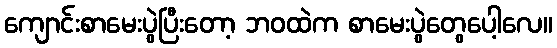
ကျောင်းစာမေးပွဲပြီးတော့ ဘဝထဲက စာမေးပွဲတွေပေါ့လေ။